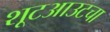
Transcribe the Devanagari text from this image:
शूटआउटचा